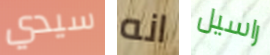
سيدي انه راسيل